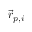
\vec { r } _ { p , i }